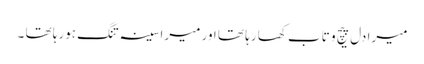
میرا دل پیچ و تاب کھا رہا تھا اور میرا سینہ تنگ ہورہا تھا ۔